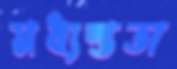
মধ্যস্ততা